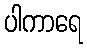
ပါကာရေ